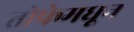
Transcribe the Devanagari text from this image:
तोफेमधून